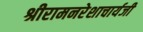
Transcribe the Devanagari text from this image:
श्रीरामनरेशाचार्यजी